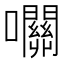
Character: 𡅭